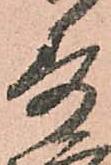
寿